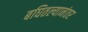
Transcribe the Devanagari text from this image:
बघितल्यानंतर